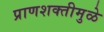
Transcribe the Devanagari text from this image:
प्राणशक्तीमुळे